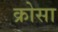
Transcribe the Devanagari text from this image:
क्रोसा